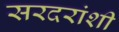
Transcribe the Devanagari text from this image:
सरदरांशी